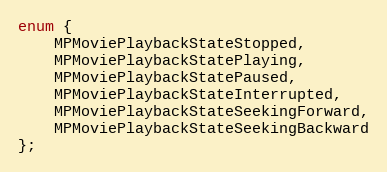
Language: C
enum {
    MPMoviePlaybackStateStopped,
    MPMoviePlaybackStatePlaying,
    MPMoviePlaybackStatePaused,
    MPMoviePlaybackStateInterrupted,
    MPMoviePlaybackStateSeekingForward,
    MPMoviePlaybackStateSeekingBackward
};